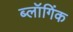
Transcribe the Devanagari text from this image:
ब्लॉगिंक